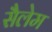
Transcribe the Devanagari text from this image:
सैलेम